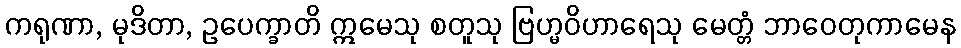
ကရုဏာ, မုဒိတာ, ဥပေက္ခာတိ ဣမေသု စတူသု ဗြဟ္မဝိဟာရေသု မေတ္တံ ဘာဝေတုကာမေန